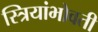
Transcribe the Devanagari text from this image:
स्त्रियांभोवती